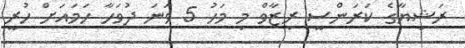
ރަޝިޔާގެ ކަރަންސީ ރިޒާވް މި މަހު 5 ވަނަ ދުވަހާ ހަމައަށް ހުރީ